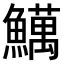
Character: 𫙽